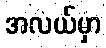
အလယ်မှာ